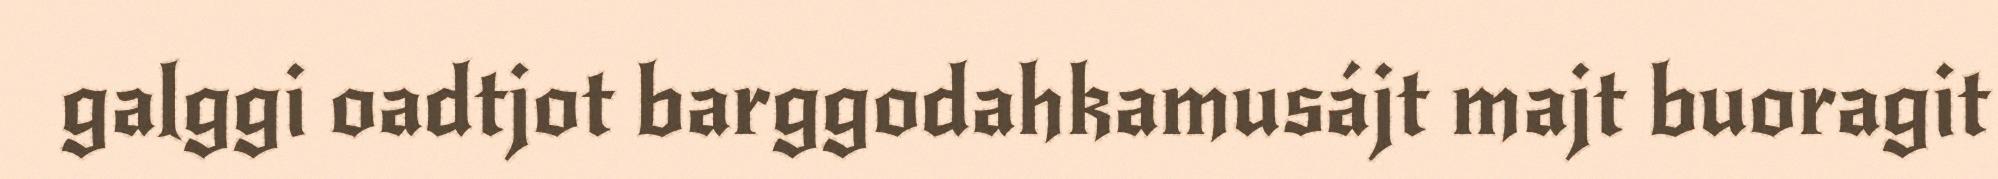
galggi oadtjot barggodahkamusájt majt buoragit